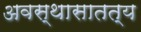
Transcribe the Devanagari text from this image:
अवस्थासातत्य